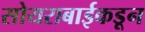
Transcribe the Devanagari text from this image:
सोयराबाईकडून